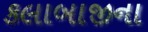
કલાબાજીના